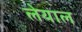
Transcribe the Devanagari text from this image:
लेयाल